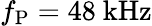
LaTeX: f_{\mathrm{P}}=48~\mathrm{kHz}